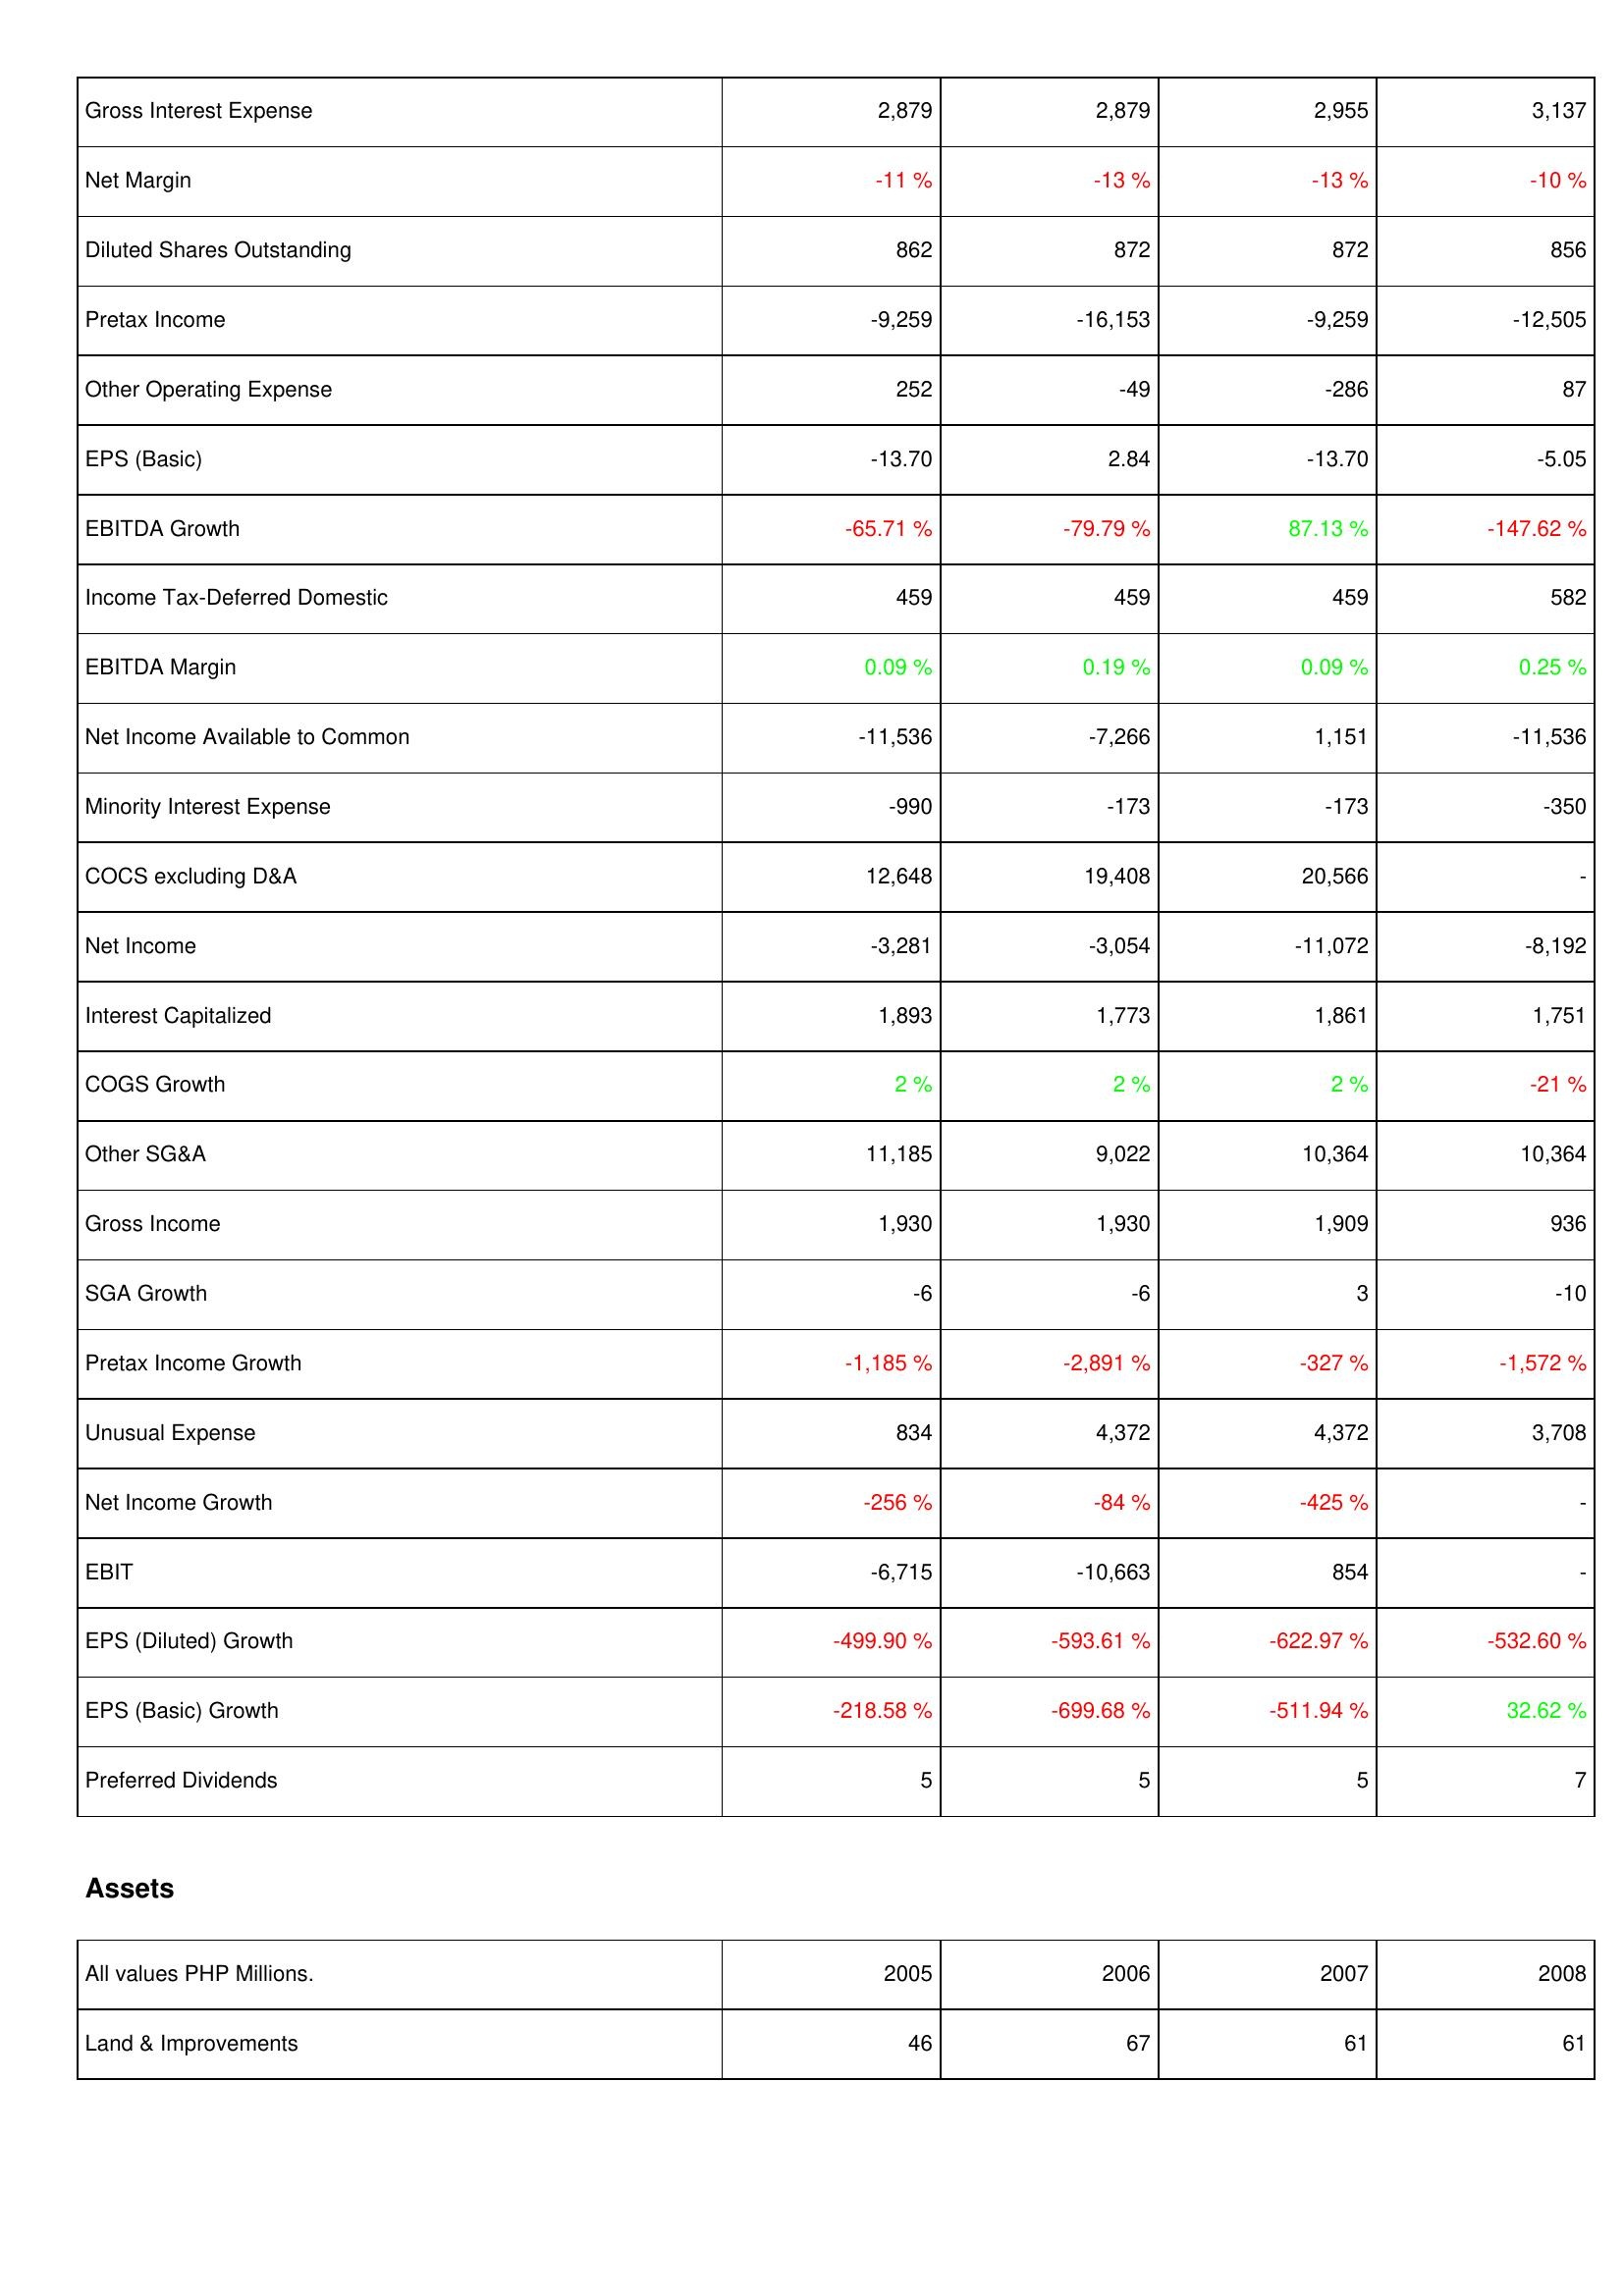
2005: Income Statement: Gross Interest Expense: 2,879
Net Margin: -11 %
Diluted Shares Outstanding: 862
Pretax Income: -9,259
Other Operating Expense: 252
EPS (Basic): -13.70
EBITDA Growth: -65.71 %
Income Tax-Deferred Domestic: 459
EBITDA Margin: 0.09 %
Net Income Available to Common: -11,536
Minority Interest Expense: -990
COCS excluding D&A: 12,648
Net Income: -3,281
Interest Capitalized: 1,893
COGS Growth: 2 %
Other SG&A: 11,185
Gross Income: 1,930
SGA Growth: -6
Pretax Income Growth: -1,185 %
Unusual Expense: 834
Net Income Growth: -256 %
EBIT: -6,715
EPS (Diluted) Growth: -499.90 %
EPS (Basic) Growth: -218.58 %
Preferred Dividends: 5
Assets: Land & Improvements: 46
2006: Income Statement: Gross Interest Expense: 2,879
Net Margin: -13 %
Diluted Shares Outstanding: 872
Pretax Income: -16,153
Other Operating Expense: -49
EPS (Basic): 2.84
EBITDA Growth: -79.79 %
Income Tax-Deferred Domestic: 459
EBITDA Margin: 0.19 %
Net Income Available to Common: -7,266
Minority Interest Expense: -173
COCS excluding D&A: 19,408
Net Income: -3,054
Interest Capitalized: 1,773
COGS Growth: 2 %
Other SG&A: 9,022
Gross Income: 1,930
SGA Growth: -6
Pretax Income Growth: -2,891 %
Unusual Expense: 4,372
Net Income Growth: -84 %
EBIT: -10,663
EPS (Diluted) Growth: -593.61 %
EPS (Basic) Growth: -699.68 %
Preferred Dividends: 5
Assets: Land & Improvements: 67
2007: Income Statement: Gross Interest Expense: 2,955
Net Margin: -13 %
Diluted Shares Outstanding: 872
Pretax Income: -9,259
Other Operating Expense: -286
EPS (Basic): -13.70
EBITDA Growth: 87.13 %
Income Tax-Deferred Domestic: 459
EBITDA Margin: 0.09 %
Net Income Available to Common: 1,151
Minority Interest Expense: -173
COCS excluding D&A: 20,566
Net Income: -11,072
Interest Capitalized: 1,861
COGS Growth: 2 %
Other SG&A: 10,364
Gross Income: 1,909
SGA Growth: 3
Pretax Income Growth: -327 %
Unusual Expense: 4,372
Net Income Growth: -425 %
EBIT: 854
EPS (Diluted) Growth: -622.97 %
EPS (Basic) Growth: -511.94 %
Preferred Dividends: 5
Assets: Land & Improvements: 61
2008: Income Statement: Gross Interest Expense: 3,137
Net Margin: -10 %
Diluted Shares Outstanding: 856
Pretax Income: -12,505
Other Operating Expense: 87
EPS (Basic): -5.05
EBITDA Growth: -147.62 %
Income Tax-Deferred Domestic: 582
EBITDA Margin: 0.25 %
Net Income Available to Common: -11,536
Minority Interest Expense: -350
COCS excluding D&A: -
Net Income: -8,192
Interest Capitalized: 1,751
COGS Growth: -21 %
Other SG&A: 10,364
Gross Income: 936
SGA Growth: -10
Pretax Income Growth: -1,572 %
Unusual Expense: 3,708
Net Income Growth: -
EBIT: -
EPS (Diluted) Growth: -532.60 %
EPS (Basic) Growth: 32.62 %
Preferred Dividends: 7
Assets: Land & Improvements: 61